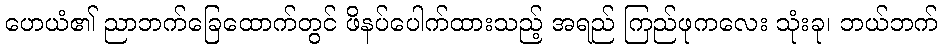
ဟေယံ၏ ညာဘက်ခြေထောက်တွင် ဖိနပ်ပေါက်ထားသည့် အရည် ကြည်ဖုကလေး သုံးခု၊ ဘယ်ဘက်